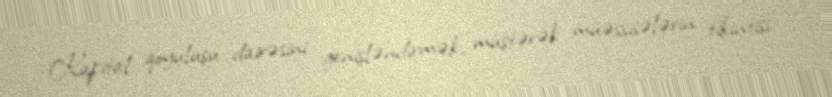
Kapital qoyuluşu dairəsini genişləndirmək, müştərək müəssisələrin tikintisi